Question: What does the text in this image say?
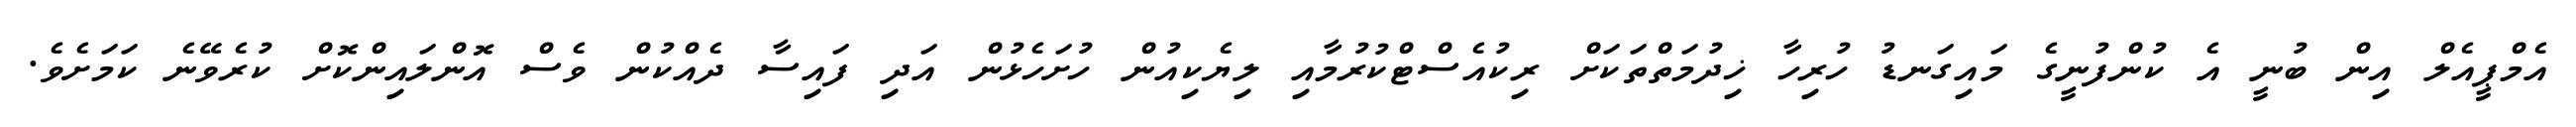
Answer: އެމްޕީއެލް އިން ބުނީ އެ ކުންފުނީގެ މައިގަނޑު ހުރިހާ ޚިދުމަތްތަކަށް ރިކުއެސްޓްކުރުމާއި ލިޔެކިއުން ހުށަހެޅުން އަދި ފައިސާ ދެއްކުން ވެސް އޮންލައިންކޮށް ކުރެވޭނެ ކަމަށެވެ.